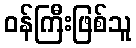
ဝန်ကြီးဖြစ်သူ